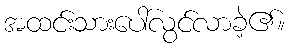
အထင်းသားပေါ်လွင်လာခဲ့၏။